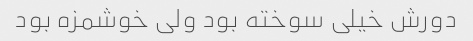
دورش خیلی سوخته بود ولی خوشمزه بود